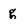
Character: g